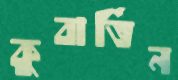
কুবার্তিন